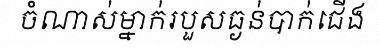
ចំណាស់ម្នាក់របួសធ្ងន់បាក់ជើង